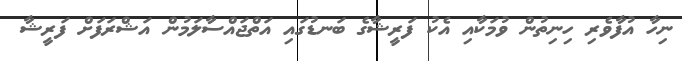
ނިހާ އުފާވެރި ހިނިތުން ވުމަކާއި އެކު ފަރީޝާގެ ބަނޑުގައި އަތްޖައްސާލަމުން އަޝްރަފަށް ފަރީޝާ